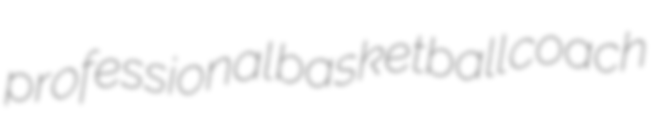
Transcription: professional basketball coach